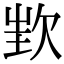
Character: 𣢫